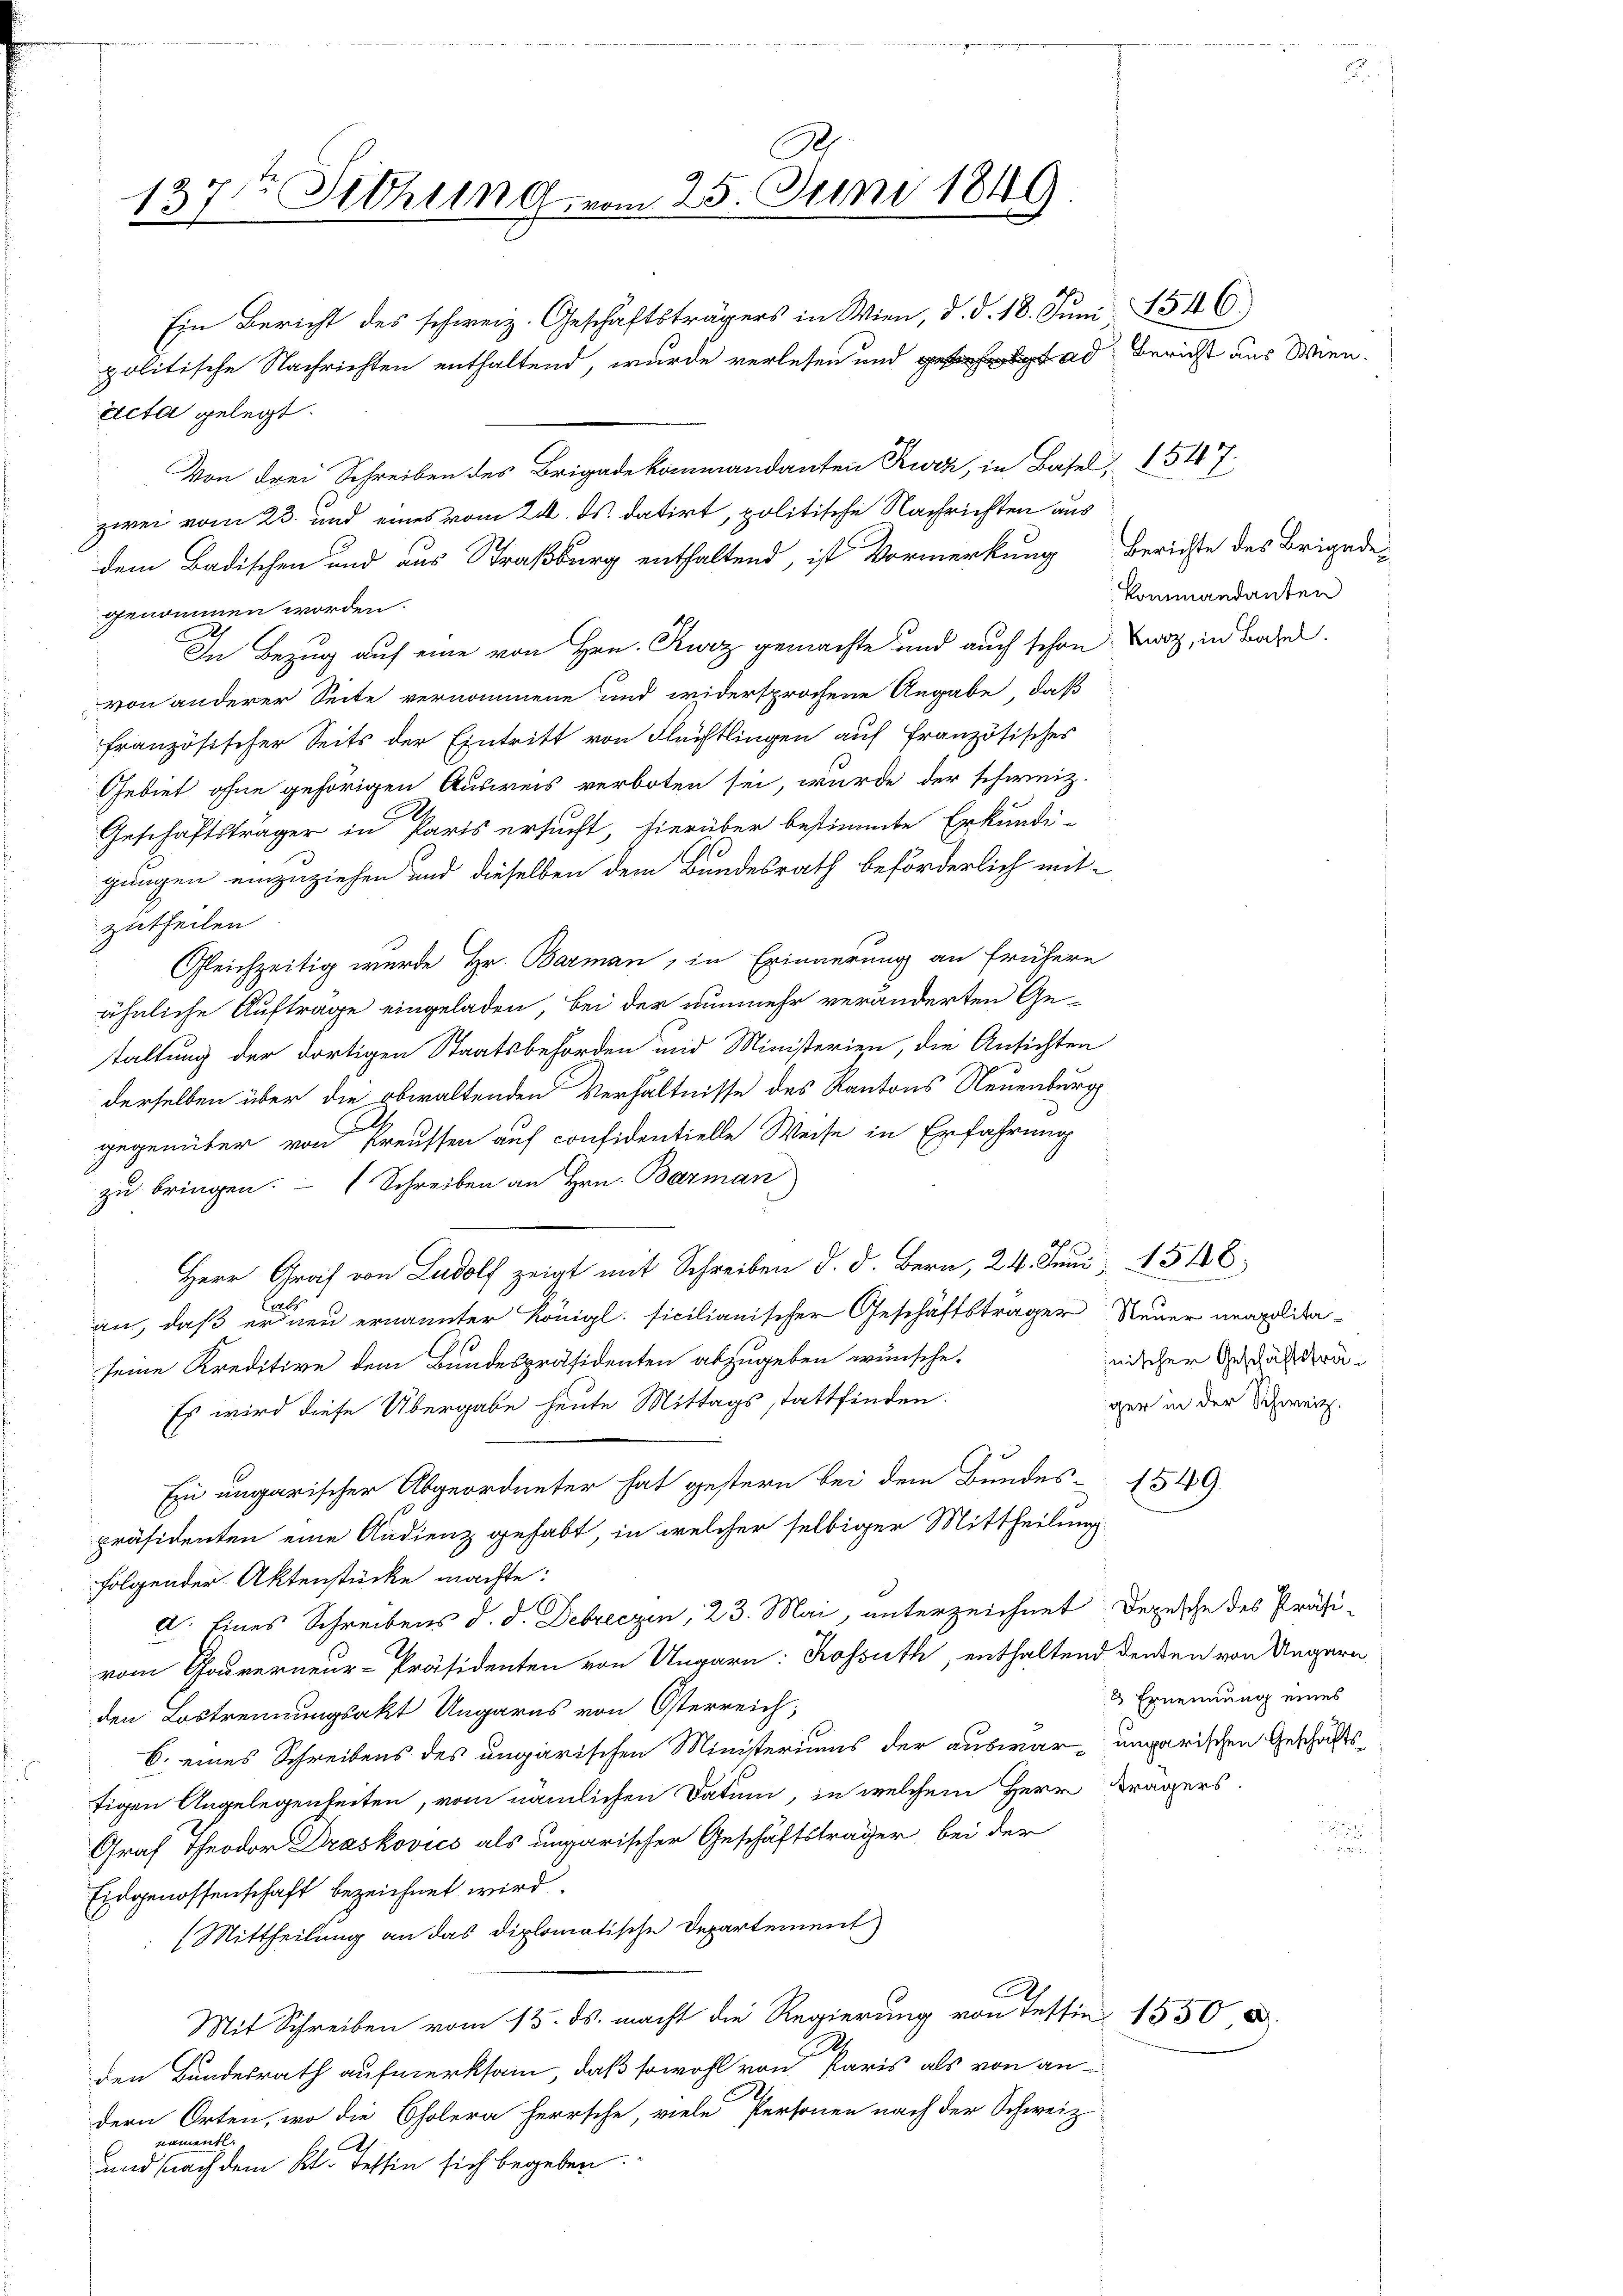
B
137ten Sitzung vom 25. Juni 1849.

Ein Bericht des schweiz. Geschäftsträgers in Wien, d. d. 18. Juni 1546)
politische Nachrichten enthaltend, wurde verlesen und das Bericht aus Wien.
Acta gelegt.
Von drei Schreiben des Brigade kommandanten Kurz, in Basel, 1547
zwei vom 23. und eines vom 24. ds. datirt, politische Nachrichten aus
dem Badischen und aus Straßburg enthaltend, ist Vormerkung berichte des Brigade-
genommen worden.
h
In Bezug auf eine von Hrn. Kurz gemachte und auch schon bewog, in Baden.
von anderer Seite vernommene und widersprochene Angabe, daß
französischer Seits der Eintritt von Flüchtlingen auf französisches
Gebiet ohne gehörigen Ausweis verboten sei, wurde der schweiz.
Geschäftsträger in Paris ersucht, hierüber bestimmte Erkundi-
gungen einzuziehen und dieselben dem Bundesrath beförderlich mit-
zutheilen
Gleichzeitig wurde Hr. Barman, in Erinnerung an frühere
ähnliche Aufträge eingeladen, bei der nunmehr veränderten Gestaltung der dortigen Staatsbehörden und Ministerien, die Ansichten
derselben über die obwaltenden Verhältnisse des Kantons Neuenburg
gegenüber von Preussen auf confidentielle Weise in Erfahrung
zu bringen. Schreiben an Hrn. Barman
Herr Graf von Ludolf zeigt mit Schreiben d. d. Bern, 24. Juni 1546,
an, daß er den ernannter Königl. sicilianischer Geschäftsträger Neuer neapolitaseine Kreditive dem Bundespräsidenten abzugeben wünsche.
ger in der Schweiz.
Es wird diese Übergabe heute Mittags stattfinden.
Ein ungarischer Abgeordneter hat gestern bei dem Bundes- 1549.
präsidenten eine Audienz gehabt, in welcher selbiger Mittheilung
folgender Aktenstücke machte:
6
d. Eines Schreibens d. d. Debreczen, 23. Mai, unterzeichnet Depesche des Präsi-
vom Gouverneur-Präsidenten von Ungarn: Rossuth, enthaltend denken von Ungern
den Lostrennungsakt Ungarns von Österreich;
6. eines Schreibens des ungarischen Ministeriums der auswar-ungarischen Geschäftstigen Angelegenheiten, vom nämlichen Datum, in welchem Herr Trägers.
Graf Theodor Draskovics als ungarischer Geschäftsträger bei der
Eidgenossenschaft bezeichnet wird.
(Mittheilung an das diplomatische Departement
A
Mit Schreiben vom 13. ds. macht die Regierung von Tessin 1550, u.
.
den Bundesrath aufmerksam, daß sowohl von Paris als von an-
dern Orten, wo die Cholera herrsche, viele Personen nach der Schweiz
namentl.
2
und nach dem Kt. Tessin sich begeben.

kommandanten

nischer Geschäftsträ¬

Ernennung eines

.